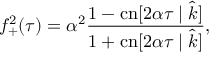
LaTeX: f _ { + } ^ { 2 } ( \tau ) = \alpha ^ { 2 } \frac { 1 - \mathrm { c n } [ 2 \alpha \tau \mid \hat { k } ] } { 1 + \mathrm { c n } [ 2 \alpha \tau \mid \hat { k } ] } ,